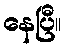
နေပြီ။